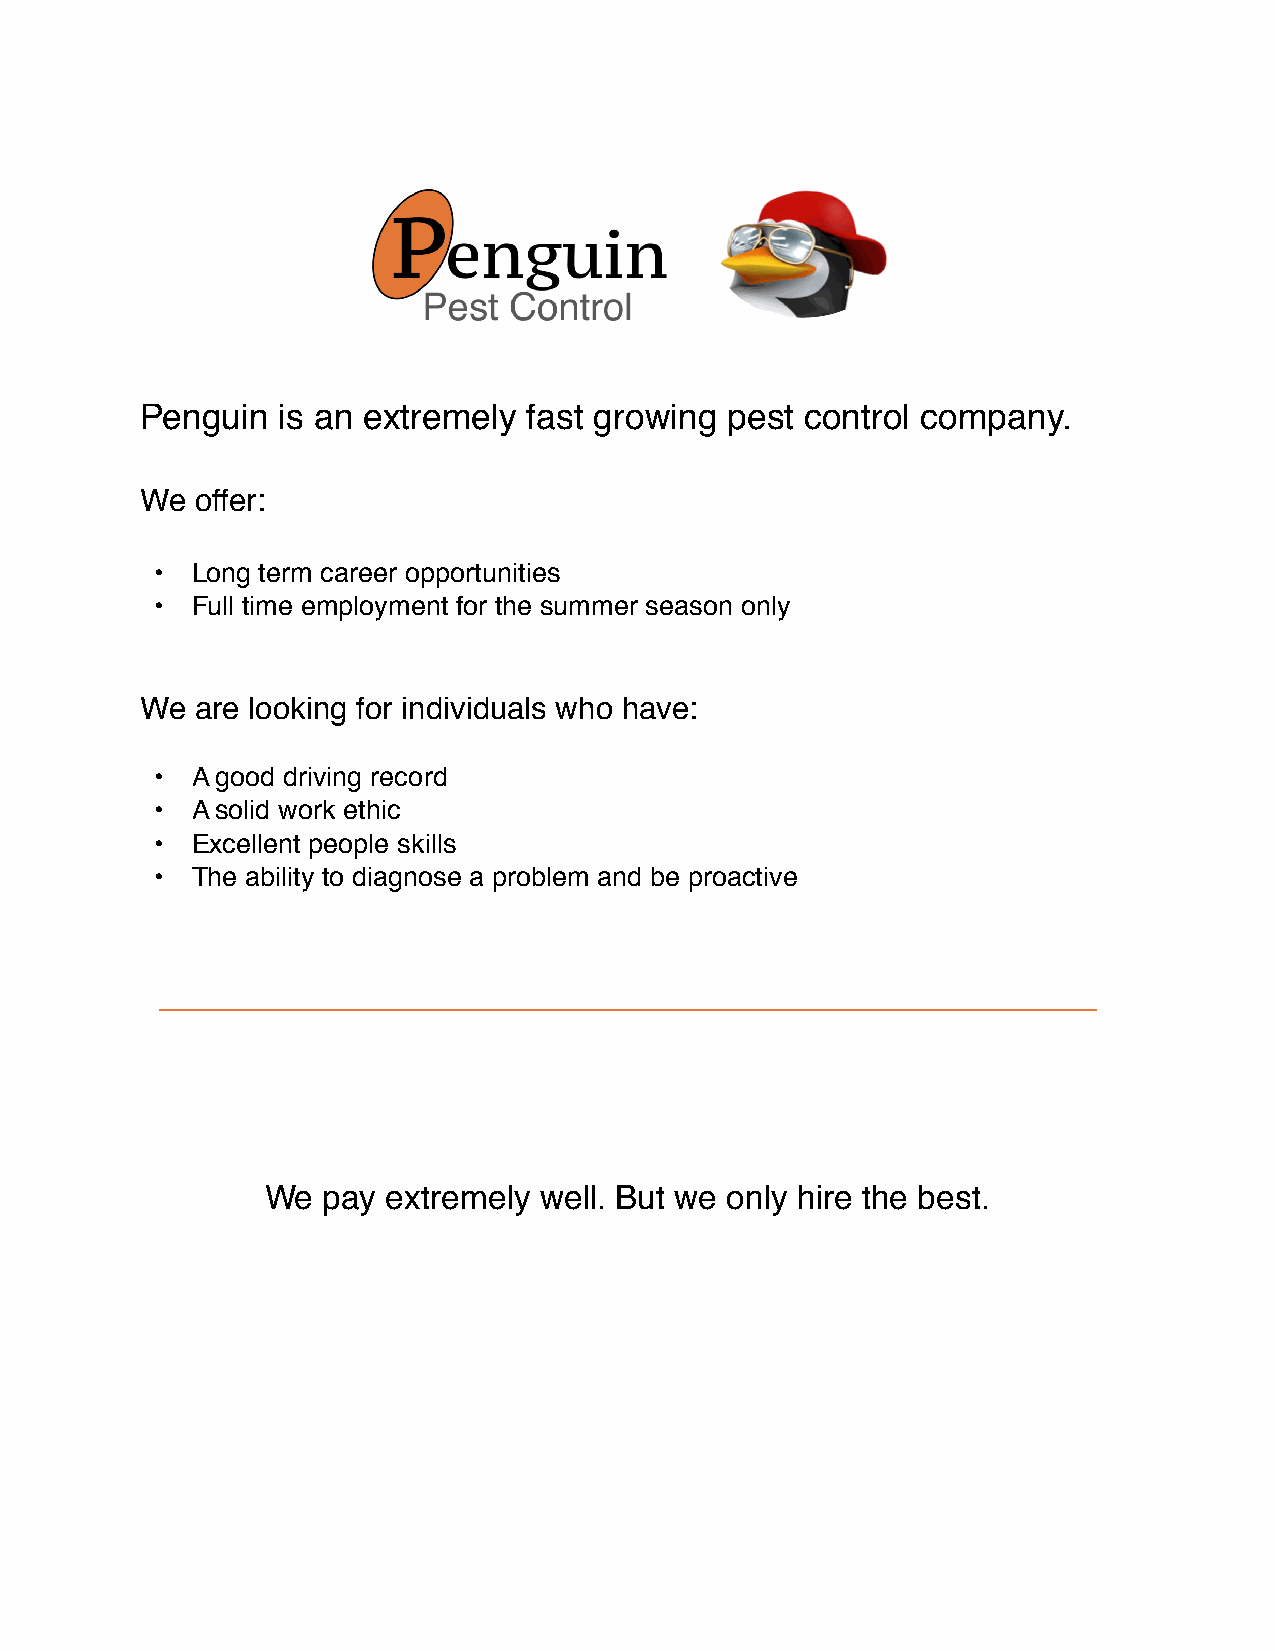
Penguin  is an extremely  fast growing pest control company.
 We  offer:
 •  Long term career opportunities
 •  Full time employment for the summer season only
 We  are looking for individuals who have:
 •  A good driving record
 •  A solid work ethic
 •  Excellent people skills
 •  The ability to diagnose a problem and be proactive
 We pay  extremely well. But we only hire the best.